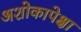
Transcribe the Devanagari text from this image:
अशोकापेक्षा